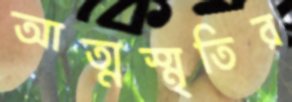
আত্মস্মৃতির